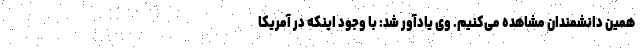
همین دانشمندان مشاهده می‌کنیم. وی یادآور شد: با وجود اینکه در آمریکا